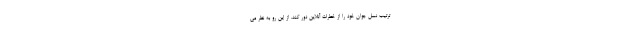
ترتیب نسل جوان خود را از خطرات آنلاین دور کند. از این رو به نظر می